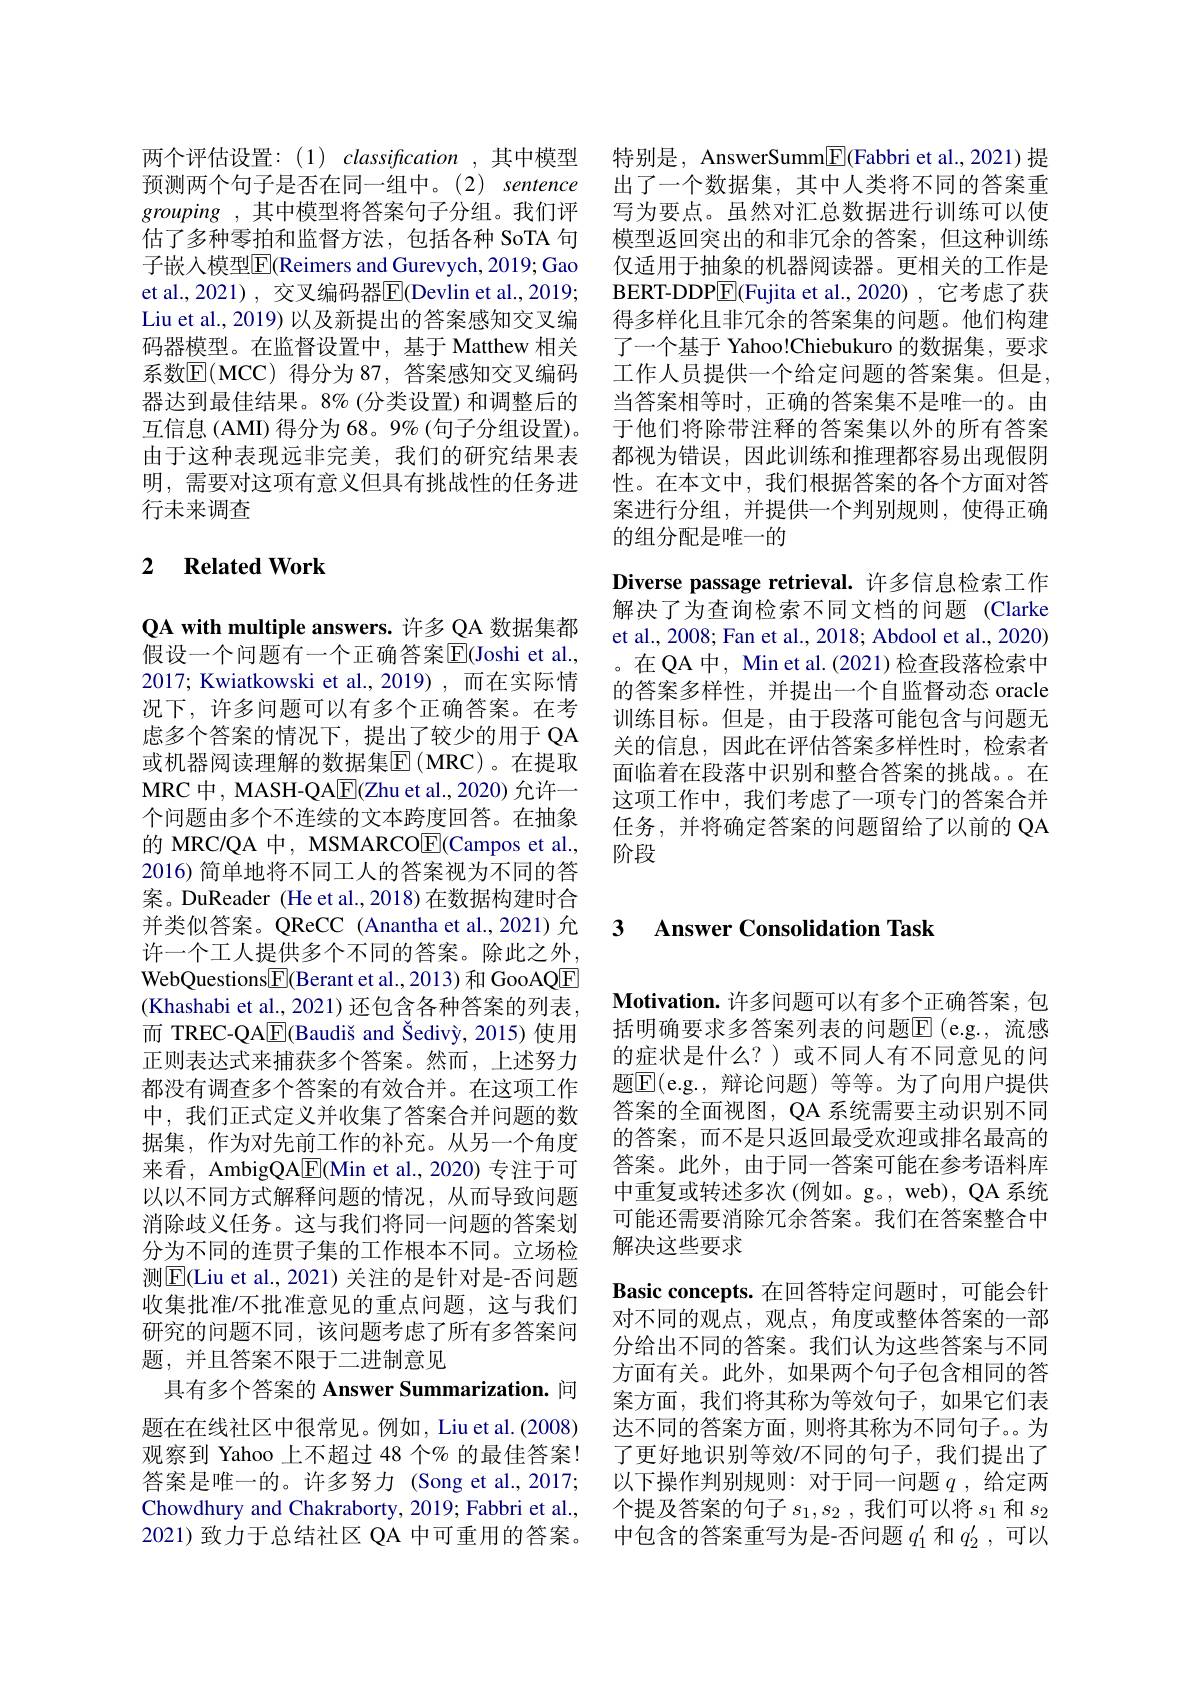
两个评估设置：(1) classification ,其中模型 特别是，AnswerSumm$\boxed{\mathrm{F}}($Fabbri et al.,2021)提预测两个句子是否在同一组中。(2) sentence 出了一个数据集，其中人类将不同的答案重grouping ,其中模型将答案句子分组。我们评 写为要点。虽然对汇总数据进行训练可以使估了多种零拍和监督方法，包括各种 SoTA 句子嵌入模型$\overline{\mathrm{E}}($Reimers and Gurevych, 2019; Gao et al.,2021) , 交叉编码器$\overline{\mathrm{E}}($Devlin et al.,2019; Liu et al., 2019) 以及新提出的答案感知交叉编码器模型。在监督设置中，基于 Matthew 相关系数$\mathbb{E}($MCC)得分为 87, 答案感知交叉编码器达到最佳结果。8%(分类设置)和调整后的互信息(AMI) 得分为 68。9% (句子分组设置)。由于这种表现远非完美，我们的研究结果表明，需要对这项有意义但具有挑战性的任务进行未来调查

## 2 $\textbf{Related Work}$

QA with multiple answers. 许多 QA 数据集都假设一个问题有一个正确答案$\overline{\mathrm{E}}($Joshi et al., 2017; Kwiatkowski et al., 2019) , 而在实际情况下，许多问题可以有多个正确答案。在考虑多个答案的情况下，提出了较少的用于 QA 或机器阅读理解的数据集$\operatorname{\overline{E}}\left(\mathrm{MRC}\right)$。在提取MRC中，MASH-QA$\underline{\mathrm{E}}($Zhu et al., 2020) 允许一个问题由多个不连续的文本跨度回答。在抽象的 MRC/QA 中，MSMARCOE(Campos et al., 2016) 简单地将不同工人的答案视为不同的答案。DuReader (He et al.,2018)在数据构建时合许一个工人提供多个不同的答案。除此之外， WebQuestions$\boxed{\mathrm{F}}($Berant et al.,2013) 和 GooAQE (Khashabi et al., 2021) 还包含各种答案的列表， 而 TREC-QA$\boxed{\mathrm{F} }( \text{Baudi\v {s}and\v {S}ediv\` {y}, 2015) 使 用 }$ 正则表达式来捕获多个答案。然而，上述努力都没有调查多个答案的有效合并。在这项工作中，我们正式定义并收集了答案合并问题的数据集，作为对先前工作的补充。从另一个角度来看，AmbigQA[E](Min et al., 2020) 专注于可以以不同方式解释问题的情况，从而导致问题消除歧义任务。这与我们将同一问题的答案划分为不同的连贯子集的工作根本不同。立场检测$\boxed{\mathrm{E}}($Liu et al., 2021) 关注的是针对是-否问题收集批准/不批准意见的重点问题，这与我们研究的问题不同，该问题考虑了所有多答案问题，并且答案不限于二进制意见
具有多个答案的 Answer Summarization. 问题在在线社区中很常见。例如，Liu et al.(2008) 观察到 Yahoo 上不超过 48 个% 的最佳答案！ 答案是唯一的。许多努力 (Song et al.,2017; Chowdhury and Chakraborty, 2019; Fabbri et al., 2021)致力于总结社区 QA 中可重用的答案。

模型返回突出的和非冗余的答案，但这种训练仅适用于抽象的机器阅读器。更相关的工作是BERT-DDP$\underline{\mathrm{E}}[$Fujita et al.,2020) ,它考虑了获得多样化且非冗余的答案集的问题。他们构建了一个基于 Yahoo!Chiebukuro 的数据集，要求工作人员提供一个给定问题的答案集。但是， 当答案相等时，正确的答案集不是唯一的。由于他们将除带注释的答案集以外的所有答案都视为错误，因此训练和推理都容易出现假阴性。在本文中，我们根据答案的各个方面对答案进行分组，并提供一个判别规则，使得正确的组分配是唯一的
Diverse passage retrieval. 许多信息检索工作解决了为查询检索不同文档的问题(Clarke et al., 2008; Fan et al., 2018; Abdool et al., 2020) 。在 QA 中，Min et al. (2021) 检查段落检索中的答案多样性，并提出一个自监督动态 oracle 训练目标。但是，由于段落可能包含与问题无关的信息，因此在评估答案多样性时，检索者面临着在段落中识别和整合答案的挑战。。在这项工作中，我们考虑了一项专门的答案合并任务，并将确定答案的问题留给了以前的 QA 阶段

## 并类似答案。QReCC (Anantha et al.,2021)允 3 Answer Consolidation Task

$\textbf{Motivation. 许 多 问 题 可 以 有 多 个 正 确 答 案 , 包 }$ 括明确要求多答案列表的问题E(e.g.,流感的症状是什么？)或不同人有不同意见的问题$\overline{\mathrm{E}}($e.g.,辩论问题)等等。为了向用户提供答案的全面视图，QA 系统需要主动识别不同的答案，而不是只返回最受欢迎或排名最高的答案。此外，由于同一答案可能在参考语料库中重复或转述多次(例如。g。,web), QA 系统可能还需要消除冗余答案。我们在答案整合中解决这些要求
Basic concepts.在回答特定问题时，可能会针对不同的观点，观点，角度或整体答案的一部分给出不同的答案。我们认为这些答案与不同方面有关。此外，如果两个句子包含相同的答案方面，我们将其称为等效句子，如果它们表达不同的答案方面，则将其称为不同句子。为了更好地识别等效/不同的句子，我们提出了以下操作判别规则：对于同一问题$q$,给定两个提及答案的句子$s_1,s_2$,我们可以将$s_1$和$s_2$ 中包含的答案重写为是-否问题$q_1^{\prime}$和$q_2^{\prime}$,可以